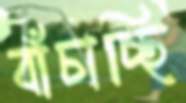
বাঁচাচ্ছি